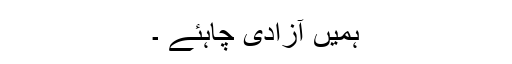
ہمیں آزادی چاہئے ۔